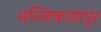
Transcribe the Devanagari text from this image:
मल्लिकाशपुर